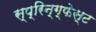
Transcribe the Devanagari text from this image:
स्प्रिन्ग्फेस्ट